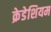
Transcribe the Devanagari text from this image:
क्रेडेशियम